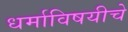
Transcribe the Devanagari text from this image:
धर्माविषयीचे